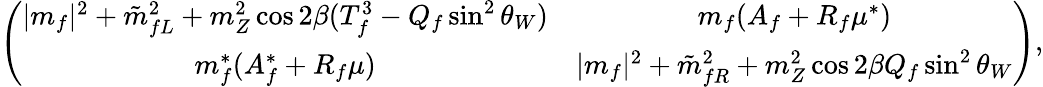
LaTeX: \left(\begin{array}{cc}{{\vert m_{f}\vert^{2}+\tilde{m}_{fL}^{2}+m_{Z}^{2}\cos 2\beta(T_{f}^{3}-Q_{f}\sin^{2}\theta_{W})}}&{{m_{f}(A_{f}+R_{f}\mu^{\ast})}}\\ {{m_{f}^{\ast}(A_{f}^{\ast}+R_{f}\mu)}}&{{\vert m_{f}\vert^{2}+\tilde{m}_{fR}^{2}+m_{Z}^{2}\cos 2\beta Q_{f}\sin^{2}\theta_{W}}}\end{array}\right),